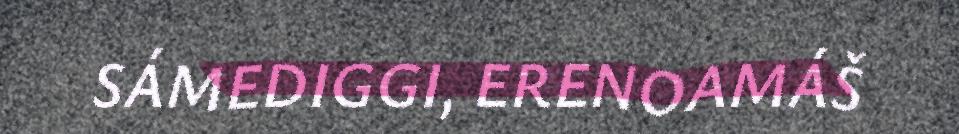
SÁMEDIGGI, ERENOAMÁŠ